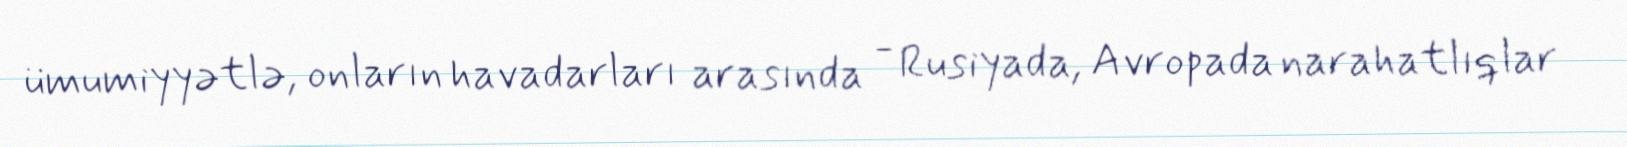
ümumiyyətlə, onların havadarları arasında - Rusiyada, Avropada narahatlıqlar